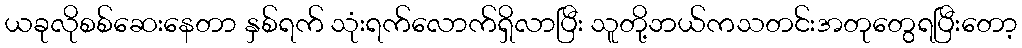
ယခုလိုစစ်ဆေးနေတာ နှစ်ရက် သုံးရက်လောက်ရှိလာပြီး သူတို့ဘယ်ကသတင်းအတုတွေရပြီးတော့